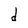
Character: d